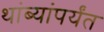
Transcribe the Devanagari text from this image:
थांब्यांपर्यंत